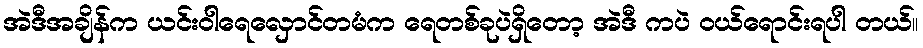
အဲဒီအချိန်က ယင်းဝါရေလှောင်တမံက ရေတစ်ခုပဲရှိတော့ အဲဒီ ကပဲ ဝယ်ရောင်းရပါ တယ်။